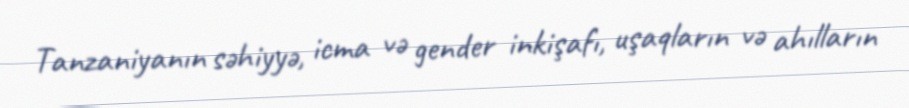
Tanzaniyanın səhiyyə, icma və gender inkişafı, uşaqların və ahılların